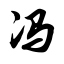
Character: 冯